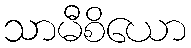
သာမီစိယော